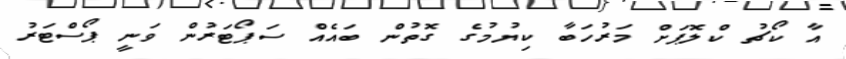
އާ ކޯޗު ކްލޮޕަށް މަރުހަބާ ކިޔުމުގެ ގޮތުން ބައެއް ސަޕޯޓަރުން ވަނީ ޕޯސްޓަރު